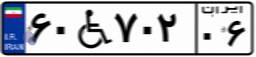
۶۰W۷۰۲۰۶